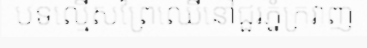
បទល្មើសព្រៃឈើនៅជួរភ្នំក្រវាញ